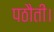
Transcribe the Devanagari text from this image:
पठौती।